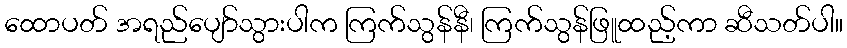
ထောပတ် အရည်ပျော်သွားပါက ကြက်သွန်နီ၊ ကြက်သွန်ဖြူထည့်ကာ ဆီသတ်ပါ။